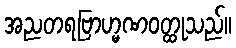
အညတရဗြာဟ္မဏဝတ္ထုသည်။